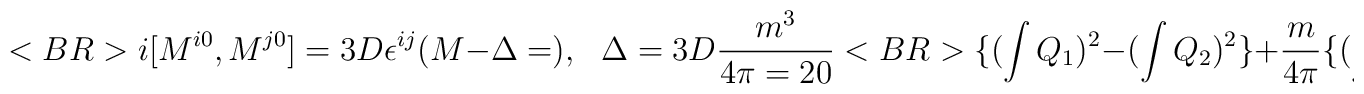
<BR>i[M^{i0},M^{j0}]=3D\epsilon^{ij}(M-\Delta=),~~~\Delta=3D{{m^3}\over{4\pi=20}}<BR>\{(\int Q_1)^2-(\int Q_2)^2\}+{m\over{4\pi }}\{(\int P_1)^2-(\int=20P_2)^2\},<BR><BR>